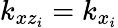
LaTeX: k_{xz_{i}}=k_{x_{i}}